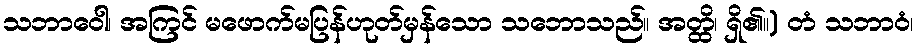
သဘာဝေါ၊ အကြင် မဖောက်မပြန်ဟုတ်မှန်သော သဘောသည်။ အတ္ထိ၊ ရှိ၏။) တံ သဘာဝံ၊